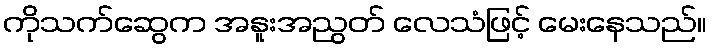
ကိုသက်ဆွေက အနူးအညွတ် လေသံဖြင့် မေးနေသည်။